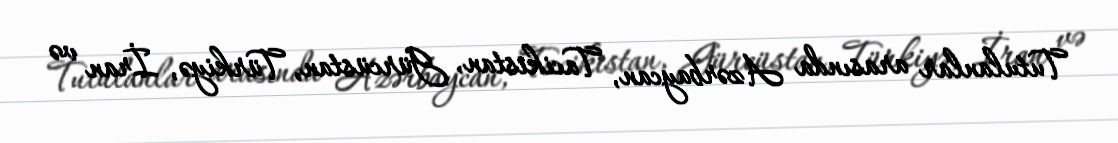
Tutulanlar arasında Azərbaycan, Tacikistan, Gürcüstan, Türkiyə, İran və